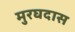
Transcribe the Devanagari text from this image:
मुरघदास